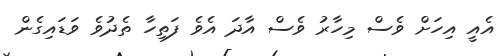
އެއީ އިހަށް ވެސް މިހާރު ވެސް އާދަ އެެވެ ފަތިހާ ތެދުވެ ވަޑައިގެން